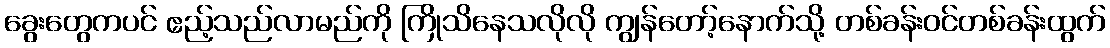
ခွေးတွေကပင် ဧည့်သည်လာမည်ကို ကြိုသိနေသလိုလို ကျွန်တော့်နောက်သို့ တစ်ခန်းဝင်တစ်ခန်းထွက်